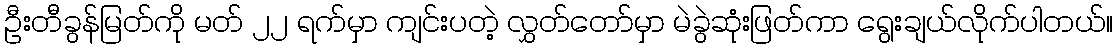
ဦးတီခွန်မြတ်ကို မတ် ၂၂ ရက်မှာ ကျင်းပတဲ့ လွှတ်တော်မှာ မဲခွဲဆုံးဖြတ်ကာ ရွေးချယ်လိုက်ပါတယ်။